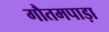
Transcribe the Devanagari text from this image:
गौतमपाड़ा